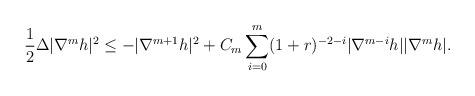
LaTeX: \begin{align*}\frac{1}{2}\Delta| \nabla^{m}h|^2&\leq -|\nabla^{m+1}h|^2+C_m\sum_{i=0}^m (1+r)^{-2-i}|\nabla^{m-i}h||\nabla^{m}h|. \end{align*}